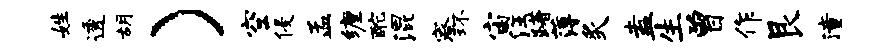
姓透胡）空侵孟缠酡混寮环宙汪躇薄炙盍生曾作艮潼